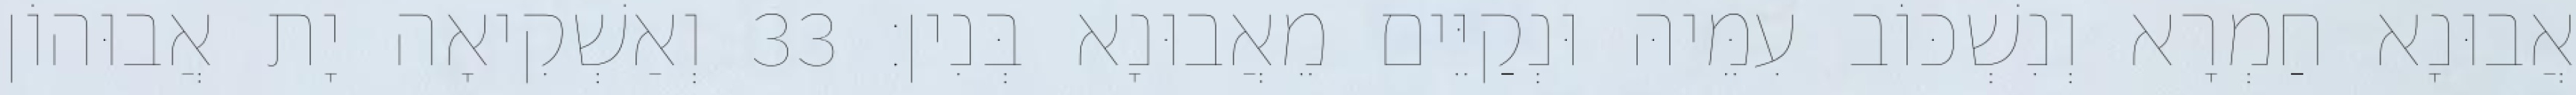
אֲבוּנָא חַמְרָא וְנִשְׁכּוֹב עִמֵּיהּ וּנְקַיֵּים מֵאֲבוּנָא בְּנִין׃ 33 וְאַשְׁקִיאָה יָת אֲבוּהוֹן